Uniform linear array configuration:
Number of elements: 4
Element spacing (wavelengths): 0.75
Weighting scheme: exponential
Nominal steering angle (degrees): -45
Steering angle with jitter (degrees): -43.1
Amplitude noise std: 0.05
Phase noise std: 0.05

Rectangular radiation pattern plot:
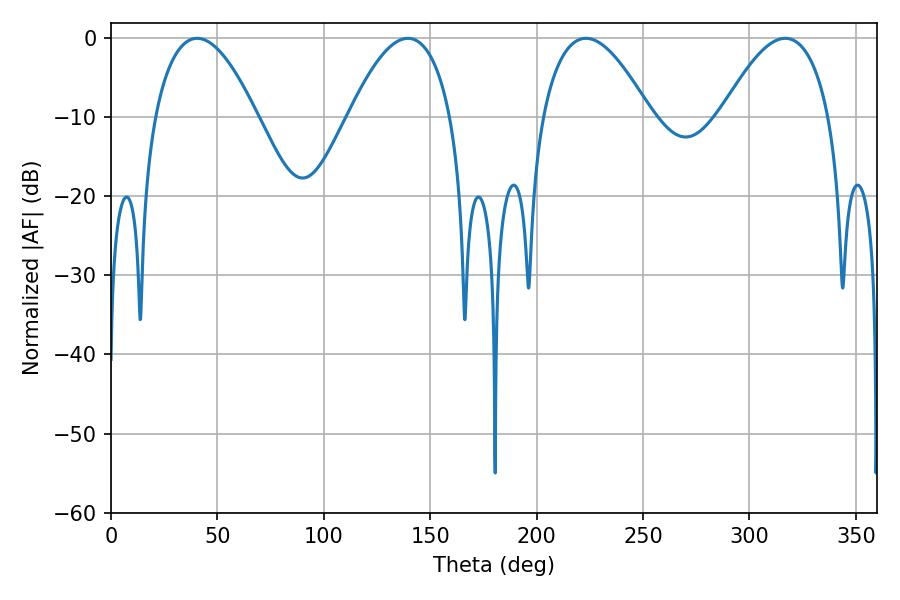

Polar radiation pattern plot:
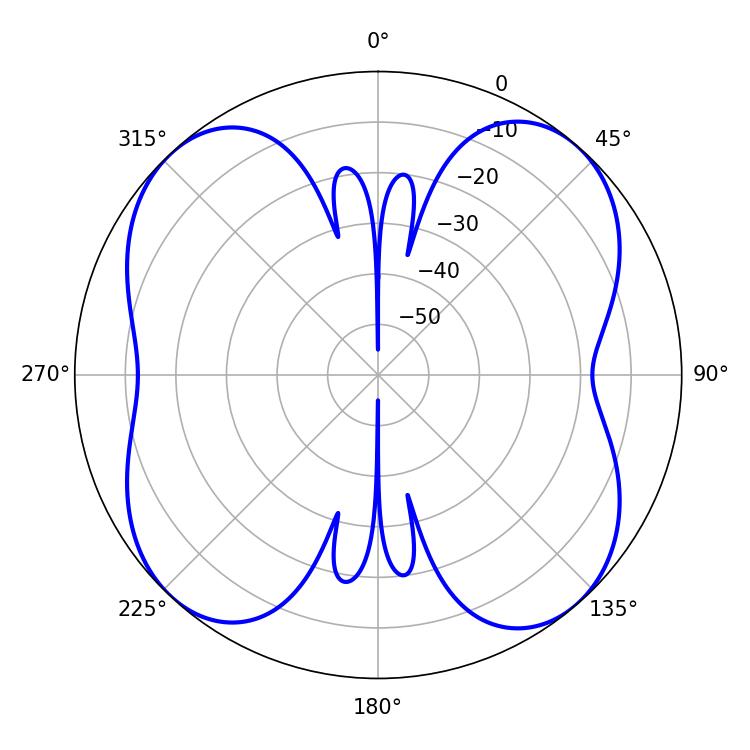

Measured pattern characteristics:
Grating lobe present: TRUE
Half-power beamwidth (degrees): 26.46
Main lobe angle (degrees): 40.5